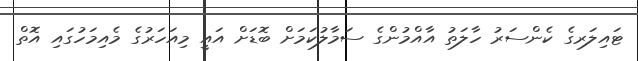
ޓައިލަރގެ ކެންސަރު ހާލަތު އާއްމުންގެ ސަމާލުކަމަށް ބޮޑަށް އައީ މިއަހަރުގެ މެއިމަހުގައި އޮތް